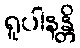
ရူပါနန္တိ